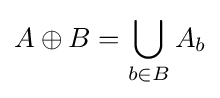
A\oplus B=\bigcup _{b\in B}A_{b}